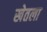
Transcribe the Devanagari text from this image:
खेतला